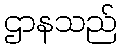
ဌာနသည်